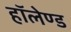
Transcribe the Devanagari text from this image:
हॉलेण्ड